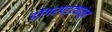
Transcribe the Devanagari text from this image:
डोंगरपट्ट्यातून